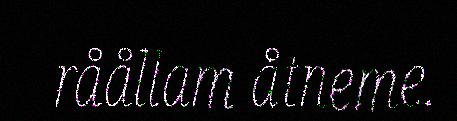
råållam åtneme.